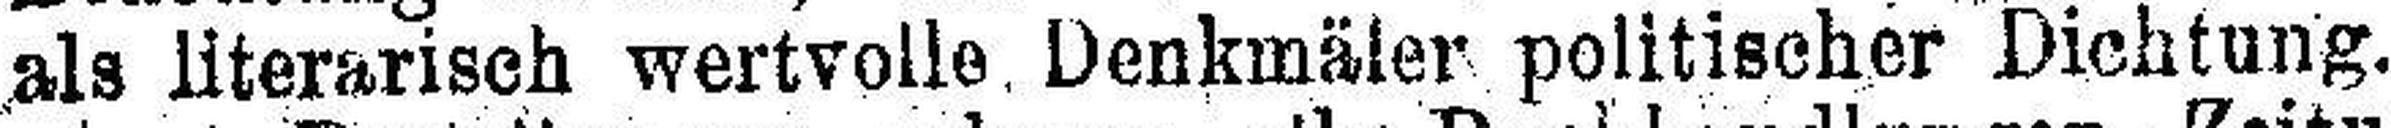
als literarisch wertvolle, Denkmäler politischer Dichtung.